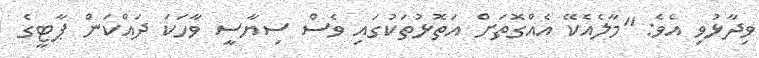
ވިދާޅުވި އެވެ: "މާލެއެކޭ އެއްގޮތަށް އަތޮޅުތަކުގައި ވެސް ސިޔާސީ ވާހަކަ ދައްކަން ޕާޓީގެ